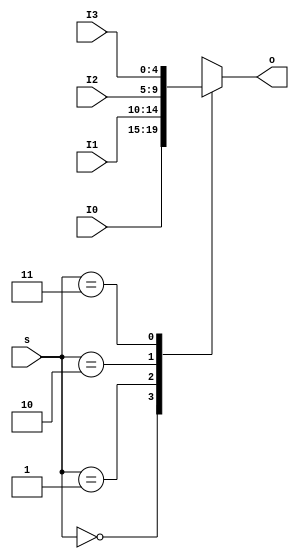
`timescale 1ns / 1ps
//////////////////////////////////////////////////////////////////////////////////
// Company: 
// Engineer: 
// 
// Design Name: 
// Module Name:    MUX4T1_5 
// Project Name: 
// Target Devices: 
// Tool versions: 
// Description: 
//
// Dependencies: 
//
// Revision: 
// Revision 0.01 - File Created
// Additional Comments: 
//
//////////////////////////////////////////////////////////////////////////////////
module MUX4T1_5(input [4:0] I0,
					 input[4:0] I1, 
					 input[4:0] I2,
					 input[4:0] I3,
					 input[1:0] s, 
					 output reg[4:0] o
);
	always@* begin
		case(s)
			2'b00:o=I0;
			2'b01:o=I1;
			2'b10:o=I2;
			2'b11:o=I3;
		endcase
	end
endmodule